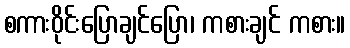
စကားဝိုင်းပြောချင်ပြော၊ ကစားချင် ကစား။